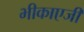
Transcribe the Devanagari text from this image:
भीकाएजी